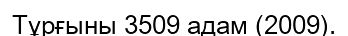
Тұрғыны 3509 адам (2009).